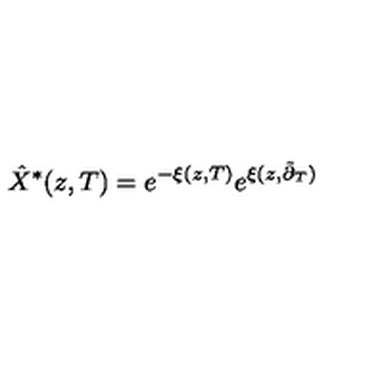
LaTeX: \hat { X } ^ { \ast } ( z , T ) = e ^ { - \xi ( z , T ) } e ^ { \xi ( z , \tilde { \partial } _ { T } ) }